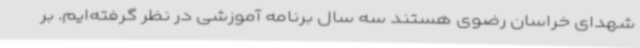
شهدای خراسان رضوی هستند سه سال برنامه آموزشی در نظر گرفته‌ایم. بر